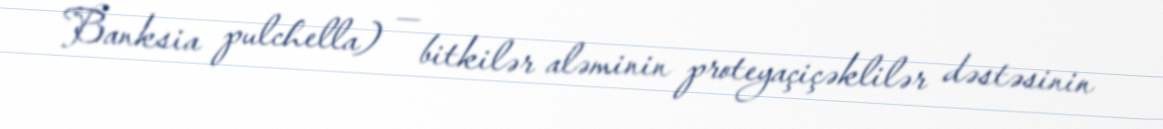
Banksia pulchella) — bitkilər aləminin proteyaçiçəklilər dəstəsinin